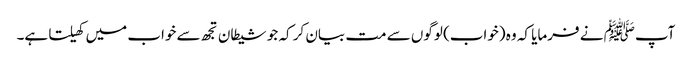
آپﷺ نے فرمایا کہ وہ (خواب) لوگوں سے مت بیان کر کہ جو شیطان تجھ سے خواب میں کھیلتا ہے۔